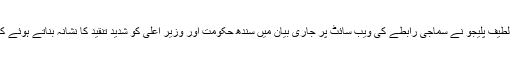
دوسری جانب قومی عوامی تحریک کے سربراہ ایاز لطیف پلیجو نے سماجی رابطے کی ویب سائٹ پر جاری بیان میں سندھ حکومت اور وزیر اعلیٰ کو شدید تنقید کا نشانہ بناتے ہوئے کہا کہ لڑکی کے قاتلوں کو تاحال گرفتار نہیں کیا گیا۔